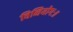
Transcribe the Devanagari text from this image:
विनियोगः॥